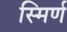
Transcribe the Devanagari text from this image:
स्मिर्ण